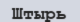
Штырь